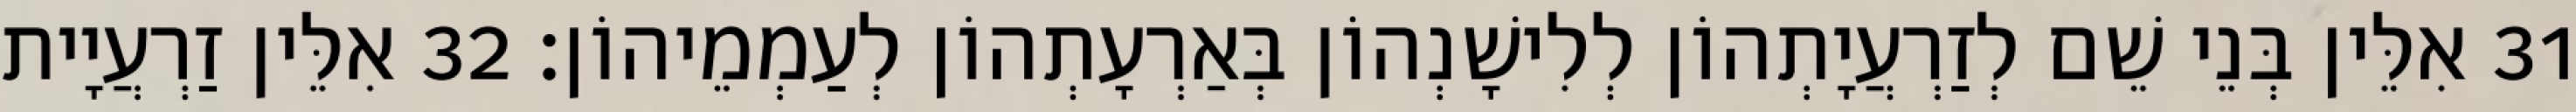
31 אִלֵּין בְּנֵי שֵׁם לְזַרְעֲיָתְהוֹן לְלִישָׁנְהוֹן בְּאַרְעָתְהוֹן לְעַמְמֵיהוֹן׃ 32 אִלֵּין זַרְעֲיָית